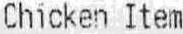
CHICKEN ITEM